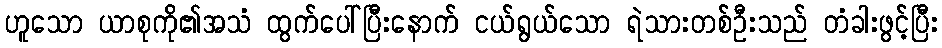
ဟူသော ယာစုကို၏အသံ ထွက်ပေါ်ပြီးနောက် ငယ်ရွယ်သော ရဲသားတစ်ဦးသည် တံခါးဖွင့်ပြီး